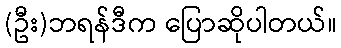
(ဦး)ဘရန်ဒီက ပြောဆိုပါတယ်။